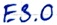
Text: E3.0